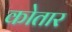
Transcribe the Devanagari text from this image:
कोतार